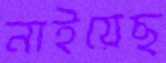
নাইয়েছ